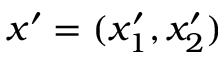
\boldsymbol { x } ^ { \prime } = ( x _ { 1 } ^ { \prime } , x _ { 2 } ^ { \prime } )